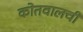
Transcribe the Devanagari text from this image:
कोतवालची